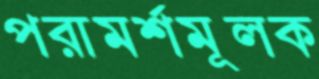
পরামর্শমূলক